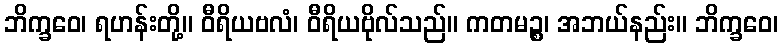
ဘိက္ခဝေ၊ ရဟန်းတို့။ ဝီရိယဗလံ၊ ဝီရိယဗိုလ်သည်။ ကတမဉ္စ၊ အဘယ်နည်း။ ဘိက္ခဝေ၊